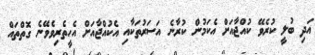
އަދި ބުލީ ކުރެވޭ ކުއްޖާއަށް އެކަމުން ކުރާނެ އަސަރުތަކާއި އެކުއްޖާއަށް އެހީތެރިވެވޭނެ ގޮތްތައް